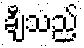
ချီသည့်